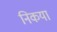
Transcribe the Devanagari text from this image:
निकयां